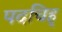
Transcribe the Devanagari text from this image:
पदचिह्